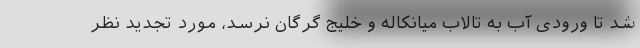
شد تا ورودی آب به تالاب میانکاله و خلیج گرگان نرسد، مورد تجدید نظر